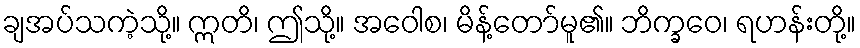
ချအပ်သကဲ့သို့။ ဣတိ၊ ဤသို့။ အဝေါစ၊ မိန့်တော်မူ၏။ ဘိက္ခဝေ၊ ရဟန်းတို့။